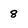
Character: 8